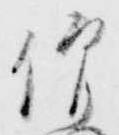
僧